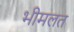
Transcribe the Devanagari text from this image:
भीमलत